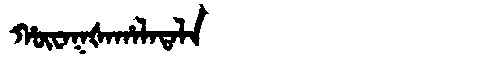
Manchu: ᡥᡡᠸᠠᡴᡧᠠᡥᠠᠯᠠᡨᠠᠯᠠ
Romanization: HŪWAKŠAHALATALA